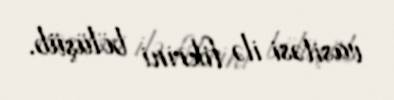
vasitəsi ilə fikrini bölüşüb.